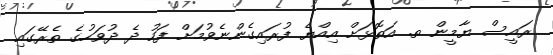
ރައީސް ޔާމީން ތ. އަތޮޅަށް އިއްޔެ ފުރައިގެންނެވުމަށް ފަހު ދެ ދުވަހުގެ ތެރޭގައި